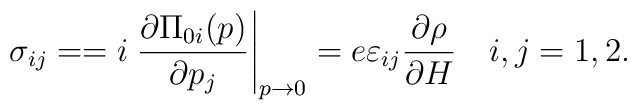
\sigma_{ij} =        = i \left. \frac{\partial \Pi_{0i}(p)}{\partial p_j}                \right|_{p \rightarrow 0}        = e \varepsilon_{ij} \frac{\partial \rho}{\partial H}        \quad i,j = 1,2.